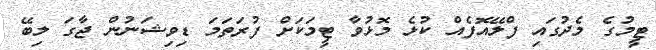
ޓީމުގެ މެދުގައި ފްލޭއޮފެއް ކުޅެ މޮޅުވާ ޓީމަކަށް ފުރަތަމަ ޑިވިޝަނުން ޖާގަ ލިބޭ